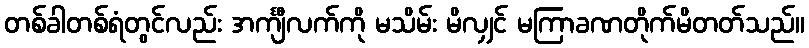
တစ်ခါတစ်ရံတွင်လည်း အင်္ကျီလက်ကို မသိမ်း မိလျှင် မကြာခဏတိုက်မိတတ်သည်။